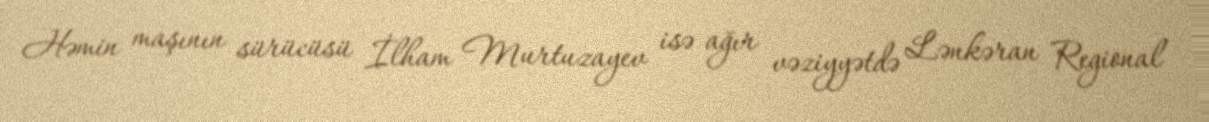
Həmin maşının sürücüsü İlham Murtuzayev isə ağır vəziyyətdə Lənkəran Regional